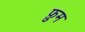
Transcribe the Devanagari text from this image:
फ़ुम